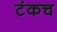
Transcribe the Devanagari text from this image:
टंकच